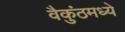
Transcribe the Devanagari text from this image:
वैकुंठमध्ये